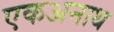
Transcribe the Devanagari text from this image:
एकअनाथ